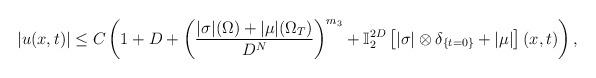
LaTeX: \begin{align*}|u(x,t)|\leq C\left( 1+D+\left( \frac{|\sigma |(\Omega )+|\mu |(\Omega _{T})}{D^{N}}\right) ^{m_3}+\mathbb{I}_{2}^{2D}\left[ |\sigma |\otimes \delta_{\{t=0\}}+|\mu |\right] (x,t)\right) , \end{align*}